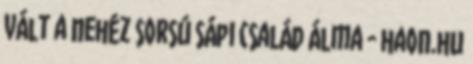
vált a nehéz sorsú sápi család álma - haon.hu